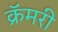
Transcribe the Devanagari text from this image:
क्रॅमरी